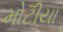
મોટીયા